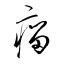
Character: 瘤